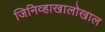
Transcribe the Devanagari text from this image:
जिनिव्हाखालोखाल